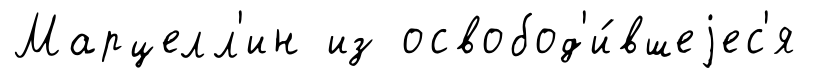
Марцелл'ин из освобод'и́вшеjес'я